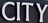
CITY